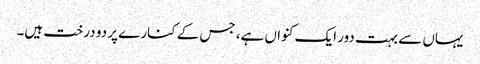
یہاں سے بہت دور ایک کنواں ہے، جس کے کنارے پر دو درخت ہیں۔